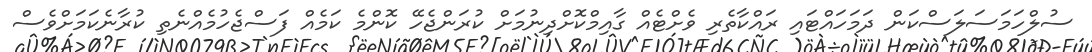
ސުލްހަމަސަލަސްކަން ދަމަހައްޓައި ރައްކާތެރި ވެށްޓެއް ގާއިމްކޮށްދިނުމަށް ކުރަންޖެހޭ ކޮންމެ ކަމެއް ފަސްޖެހުމެއްނެތި ކުރާނެކަމަށްވެސް